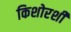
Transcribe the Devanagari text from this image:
किशोरशी